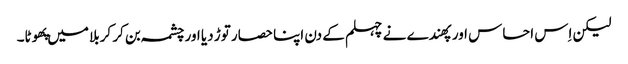
لیکن اِس احساس اور پهندے نے چہلم کے دن اپنا حصار توڑ دیا اور چشمہ بن کر کربلا میں پهوٹا۔